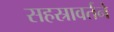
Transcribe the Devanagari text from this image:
सहस्रावर्तने